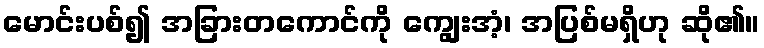
မောင်းပစ်၍ အခြားတကောင်ကို ကျွေးအံ့၊ အပြစ်မရှိဟု ဆို၏။